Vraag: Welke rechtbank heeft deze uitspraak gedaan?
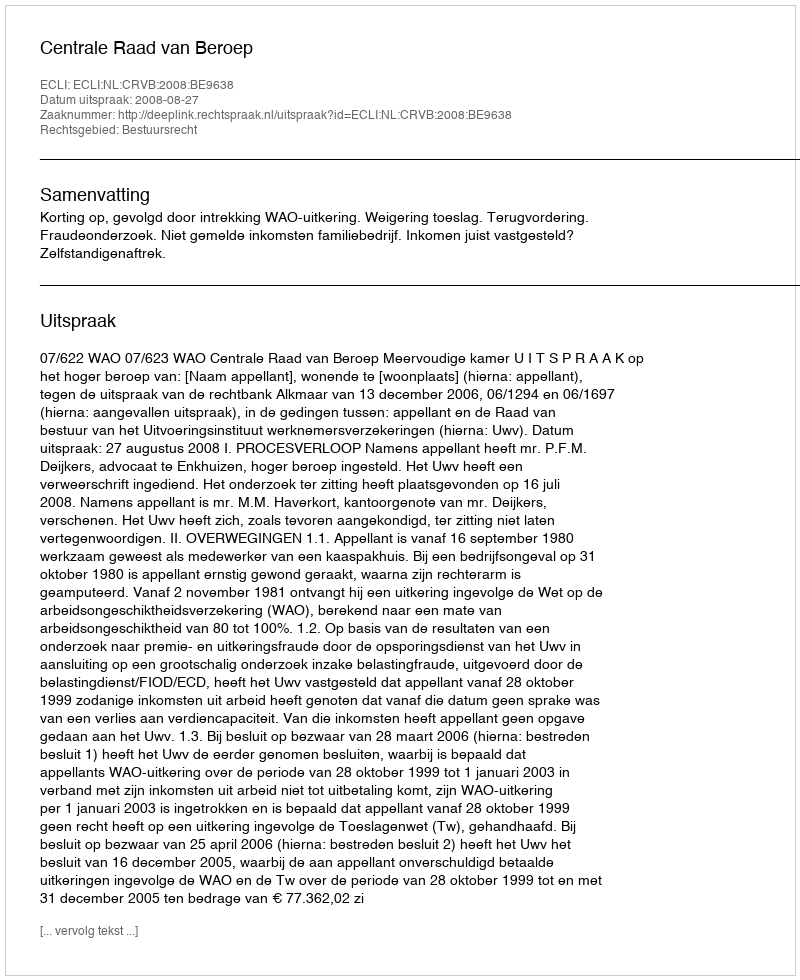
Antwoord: Centrale Raad van Beroep